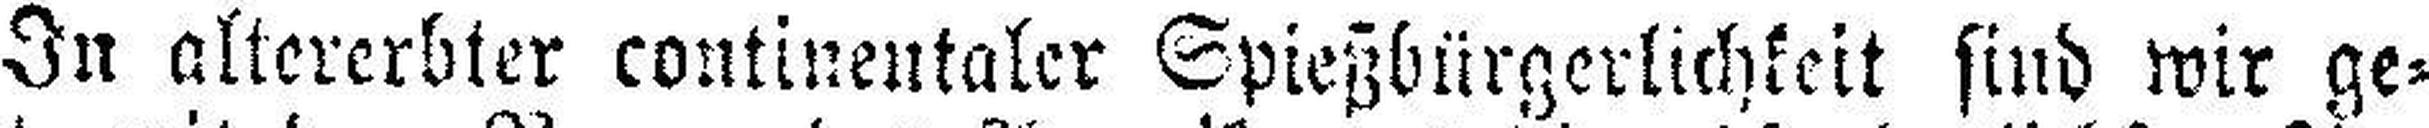
In altererbter continentaler Spießbürgerlichkeit sind wir ge¬